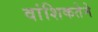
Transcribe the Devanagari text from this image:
वांशिकतेने